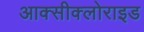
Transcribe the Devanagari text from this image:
आक्सीक्लोराइड